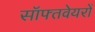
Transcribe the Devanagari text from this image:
सॉफ्तवेयरों